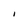
Character: I